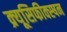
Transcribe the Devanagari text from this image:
क्र्यूसिफीक्स्षन